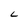
Character: L